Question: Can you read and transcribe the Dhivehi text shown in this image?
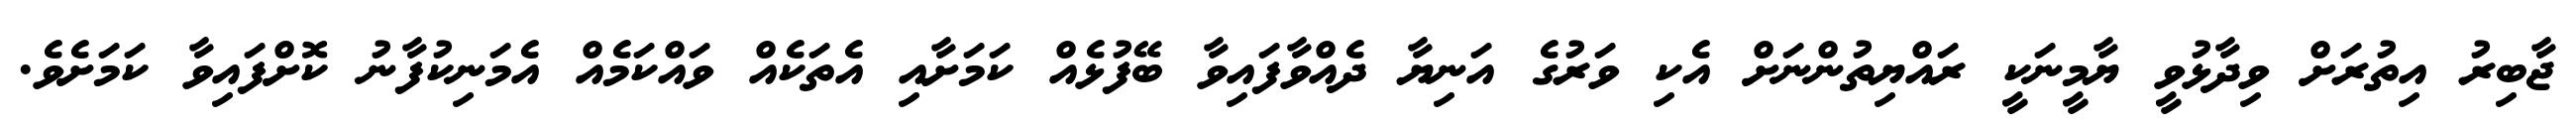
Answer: ޖާބިރު އިތުރަށް ވިދާޅުވީ ޔާމީނަކީ ރައްޔިތުންނަށް އެކި ވަރުގެ އަނިޔާ ދެއްވާފައިވާ ބޭފުޅެއް ކަމަށާއި އެތަކެއް ވައްކަމެއް އެމަނިކުފާނު ކޮށްފައިވާ ކަމަށެވެ.